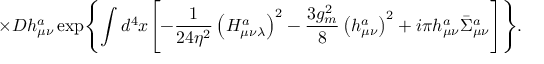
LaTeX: \times { \cal D } h _ { \mu \nu } ^ { a } \exp \Biggl \{ \int d ^ { 4 } x \Biggl [ - \frac { 1 } { 2 4 \eta ^ { 2 } } \left( H _ { \mu \nu \lambda } ^ { a } \right) ^ { 2 } - \frac { 3 g _ { m } ^ { 2 } } { 8 } \left( h _ { \mu \nu } ^ { a } \right) ^ { 2 } + i \pi h _ { \mu \nu } ^ { a } \bar { \Sigma } _ { \mu \nu } ^ { a } \Biggr ] \Biggr \} .